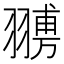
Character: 𦑷